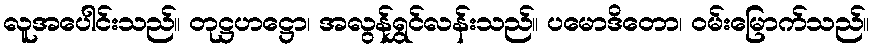
လူအပေါင်းသည်။ တုဋ္ဌဟဋ္ဌော၊ အလွန်ရွှင်လန်းသည်။ ပမောဒိတော၊ ဝမ်းမြောက်သည်။